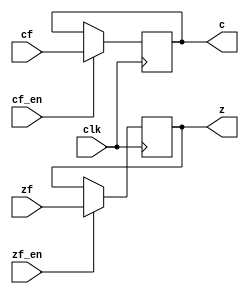
module PSW(clk,cf_en,zf_en,cf,zf,c,z);
    input clk,cf_en,zf_en,cf,zf;
    output c,z;
    reg c,z;
    reg cTemp,zTemp;

    always @(negedge clk) begin
        if(cf_en) begin
            c<=cf;
        end
        if(zf_en) begin
            z<=zf;
        end
    end
endmodule //PSW